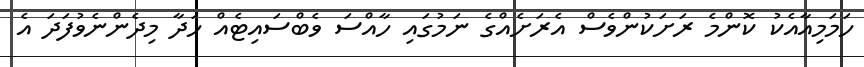
ހަމަމިއާއެކު ކޮންމެ ރަށަކުންވެސް އެރަށެއްގެ ނަމުގައި ހާއްސަ ވެބްސައިޓެއް ހަދާ މިދެންނެވުފަދަ އެ